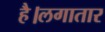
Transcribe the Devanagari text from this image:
है।लगातार